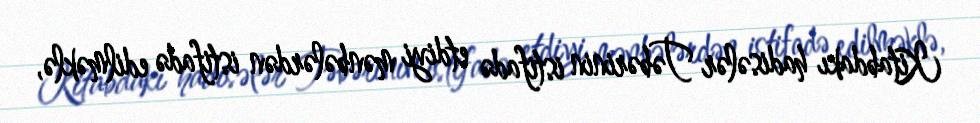
Kitabdakı hadisələr Təbərinin istifadə etdiyi mənbələrdən istifadə edilməklə,